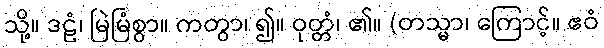
သို့။ ဒဠံ၊ မြဲမြံစွာ။ ကတွာ၊ ၍။ ဝုတ္တံ၊ ၏။ (တသ္မာ၊ ကြောင့်။ ဧဝံ